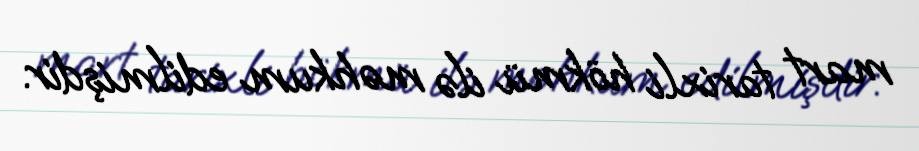
mart tarixli hökmü ilə məhkum edilmişdir.